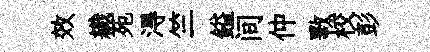
效織苑淂竺鎰间仲斁校彭